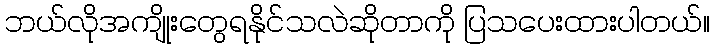
ဘယ်လိုအကျိုးတွေရနိုင်သလဲဆိုတာကို ပြသပေးထားပါတယ်။